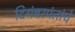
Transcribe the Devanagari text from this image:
दिगंबरपंतांचे